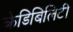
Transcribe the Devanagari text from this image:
क्रेडिबिलिटी